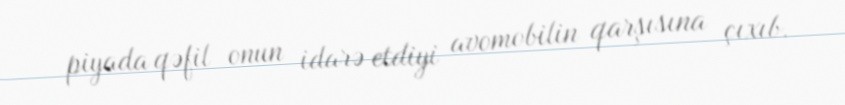
piyada qəfil onun idarə etdiyi avomobilin qarşısına çıxıb.